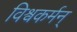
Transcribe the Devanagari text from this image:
विश्वकर्मन्‌